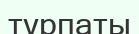
тұрпаты